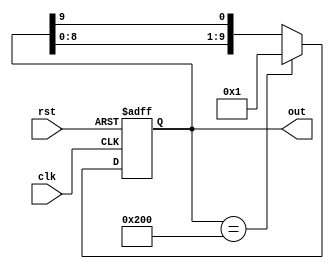
module DecadeRingCounter (
    input wire clk,       // Clock input
    input wire rst,       // Asynchronous reset
    output reg [9:0] out  // Output representing the current state
);

// State initialization
initial begin
    out = 10'b0000000001; // Start at state 0
end

// Always block to handle the clock and reset
always @(posedge clk or posedge rst) begin
    if (rst) begin
        out <= 10'b0000000001; // Reset to state 0
    end else begin
        // Shift the '1' to the left, wrapping around after state 9
        out <= {out[8:0], out[9]}; // Shift left
        // Check for wrapping around
        if (out == 10'b1000000000) begin
            out <= 10'b0000000001; // Wrap around to state 0
        end
    end
end

endmodule